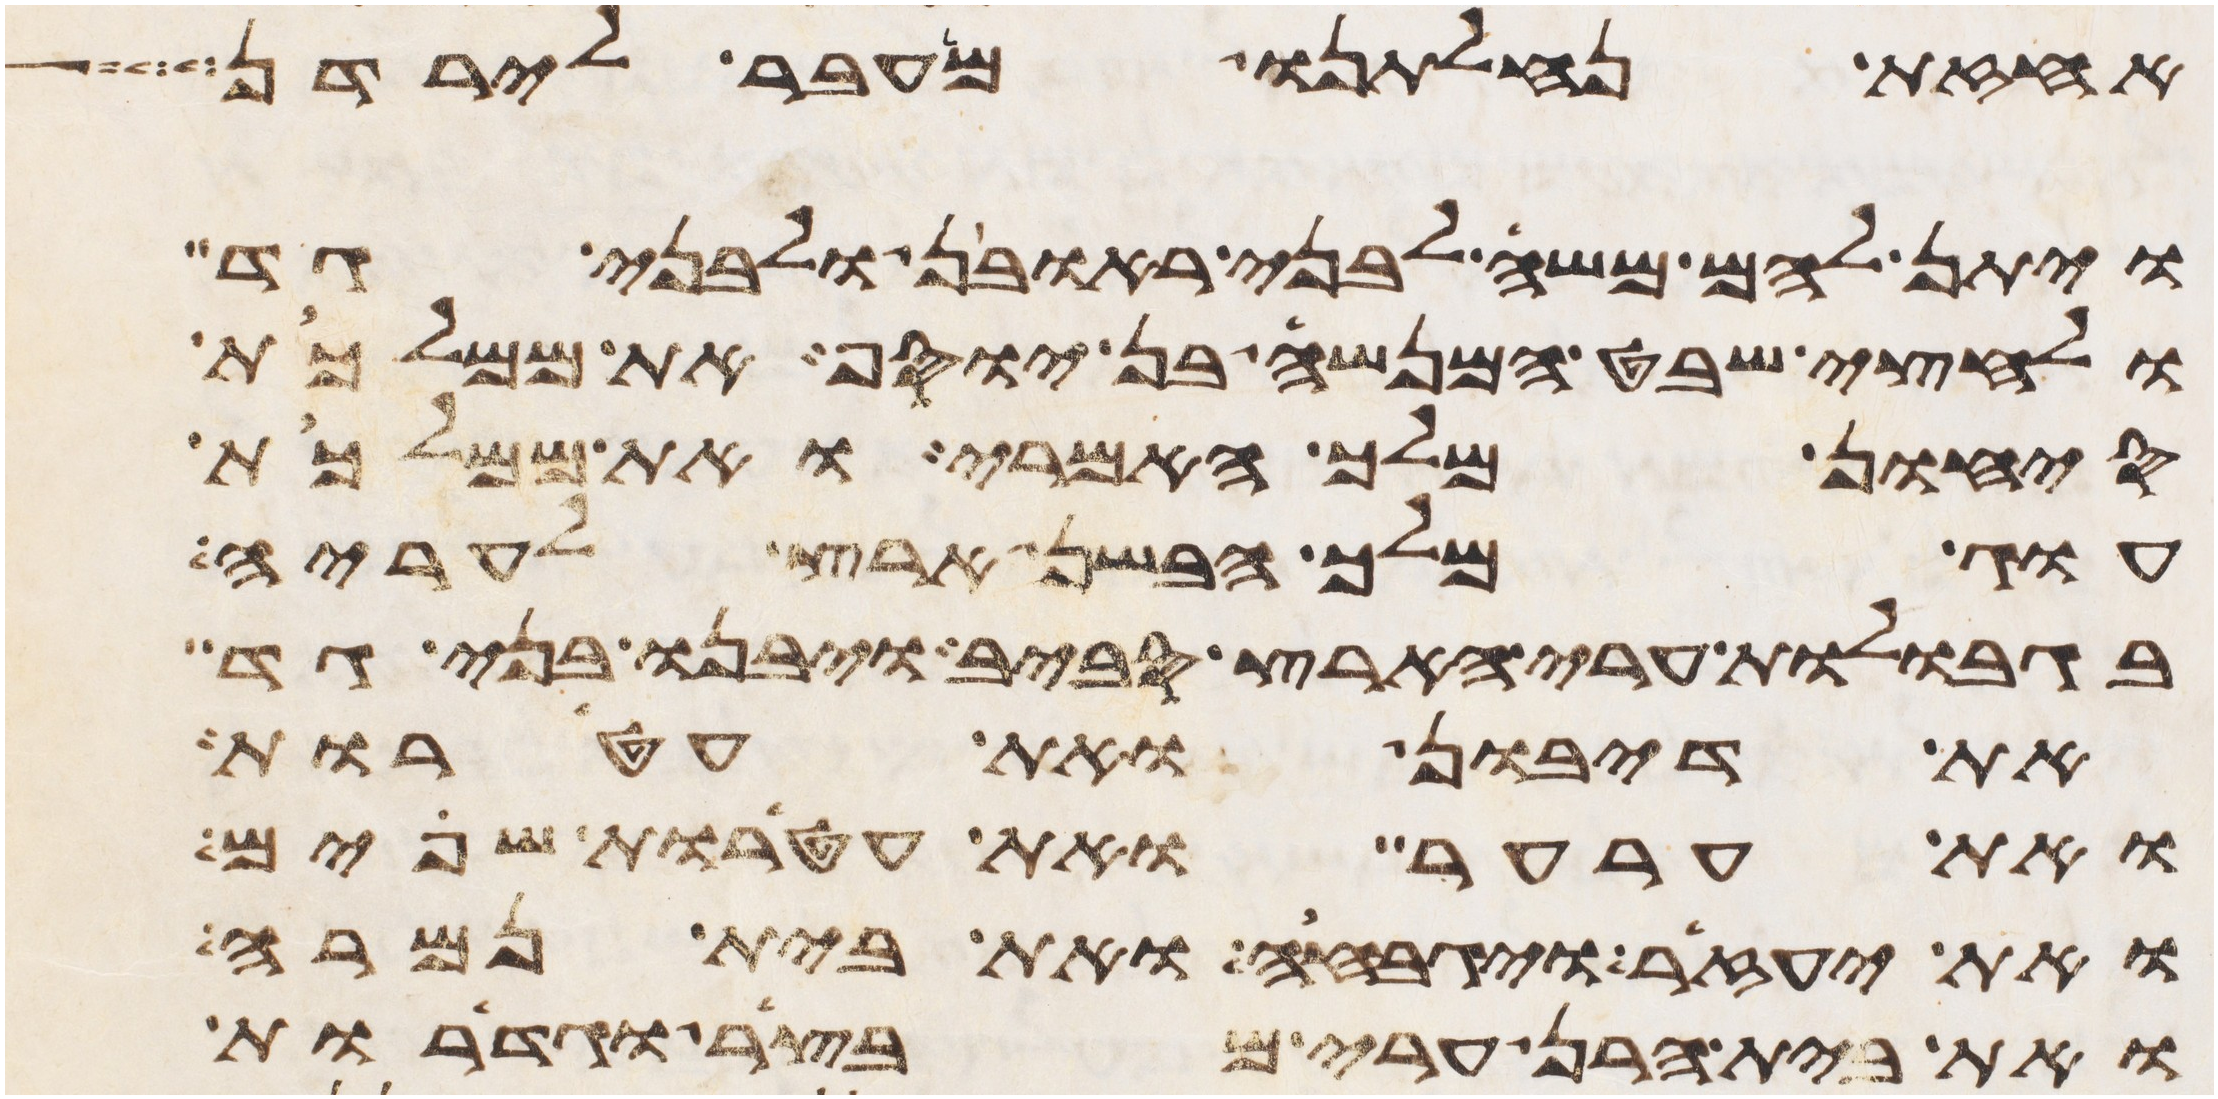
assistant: אחזת נחלתנו מעבר לירדן
ויתן להם משה לבני ראובן ולבני גד
ולחצי שבט המנשה בן יוסף את ממלכת
סיחון מלך האמרי ואת ממלכת
עוג מלך הבשן ארץ לעריה
בגבולות ערי הארץ סביב ויבנו בני גד
את דיבון ואת עטרות
ואת ערער ואת עטרות שפים
ואת יעזיר ויגבהה ואת בית נמרה
ואת בית הרן ערי מבצר וגדרות